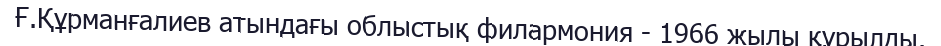
Ғ.Құрманғалиев атындағы облыстық филармония - 1966 жылы құрылды.